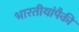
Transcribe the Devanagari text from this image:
भारतीयांपैकी